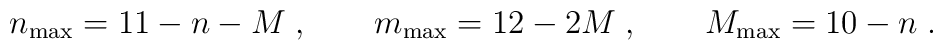
n_{\rm max} = 11-n-M\; ,\qquad m_{\rm max} = 12-2M\; ,\qquad M_{\rm max} = 10-n\; .